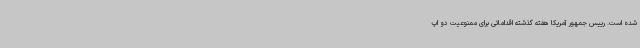
شده است. رییس جمهور آمریکا هفته گذشته اقداماتی برای ممنوعیت دو اپ